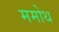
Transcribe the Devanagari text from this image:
ममोथ